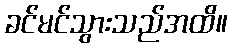
ခင်မင်သွားသည်အထိ။